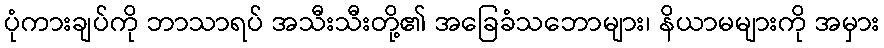
ပုံကားချပ်ကို ဘာသာရပ် အသီးသီးတို့၏ အခြေခံသဘောများ၊ နိယာမများကို အမှား